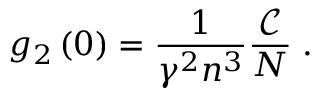
g _ { 2 } \left( 0 \right) = \frac { 1 } { \gamma ^ { 2 } n ^ { 3 } } \frac { \mathcal { C } } { N } \; .